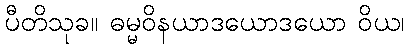
ပီတိသုခ။ ဓမ္မဝိနယာဒယောဒယော ဝိယ၊